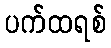
ပက်ထရစ်